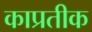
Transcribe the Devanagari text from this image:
काप्रतीक